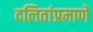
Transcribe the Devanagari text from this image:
दलितांप्रमाणे